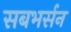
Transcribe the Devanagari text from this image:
सबभर्सन